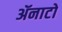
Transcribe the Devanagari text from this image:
ॲनाटो